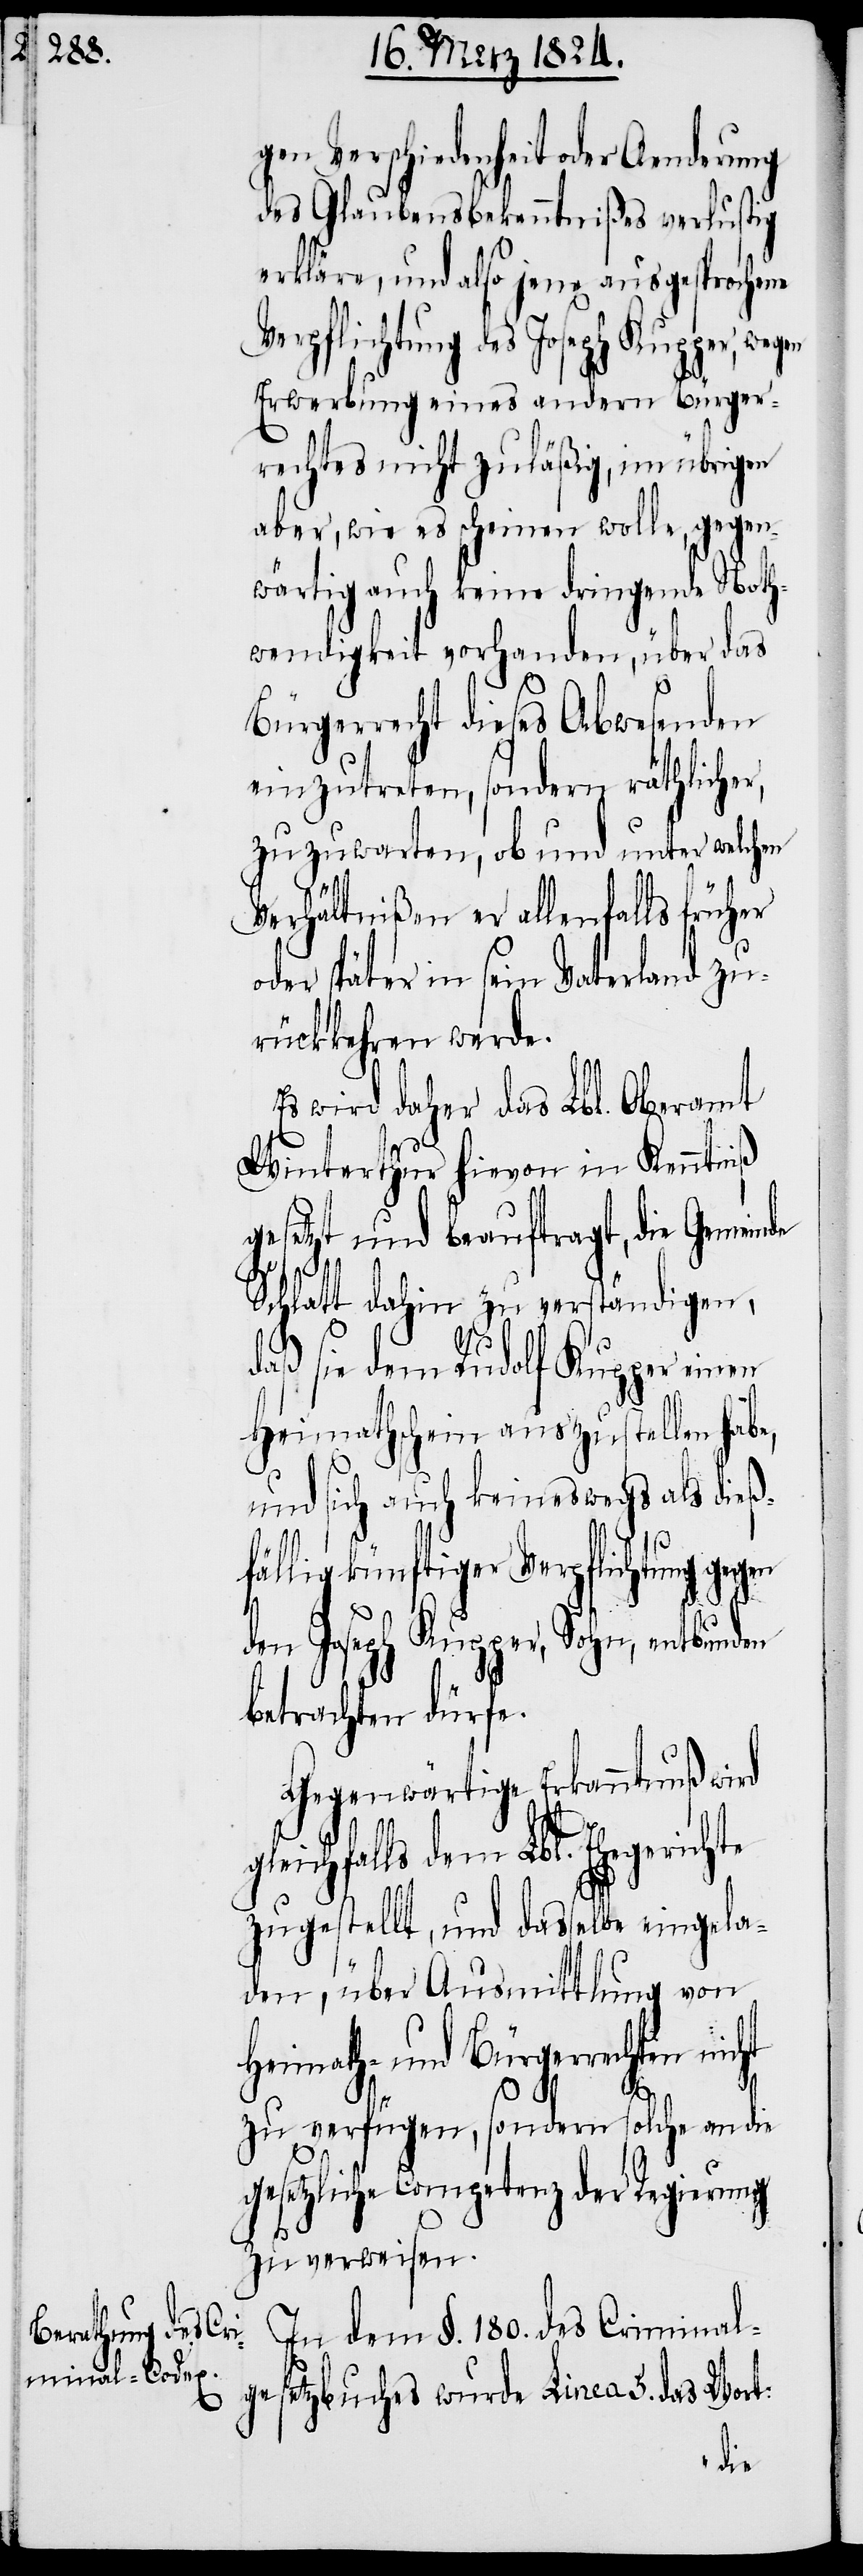
g¬

gen Verschiedenheit oder Aenderung
des Glaubensbekenntnißes verlustig
erkläre, und also jene ausgesprochene
Verpflichtung des Joseph Kupper, weg¬
Erwerbung eines andern Bürgerr¬
rechtes nicht zuläßig, im übrigen
aber, wie es scheinen wolle, gegen¬
wärtig auch keine dringende Noth¬
wendigkeit vorhanden, über das
Bürgerrecht dieses Abwesenden
einzutreten, sondern räthliche¬
zuzuwarten, ob und unter welchen
Verhältnißen er allenfalls früher
oder später in sein Vaterland zu¬
rückkehren werde.
Es wird daher das Lbl. Oberamt
Winterthur hievon in Kenntniß
gesetzt und beauftragt, die Gemein¬
de Schlatt dahin zu verständigen,
daß sie dem Rudolf Kupper einen
Heimathschein auszustellen habe,
und sich auch keineswegs als dieß¬
fällig künftiger Verpflichtung gegen
den Joseph Kupper, Sohn, entbunden
betrachten dürfe.
Gegenwärtige Erkanntnuß wird
leichfalls dem Lbl. Ehegerichte
zugestellt, und dasselbe eingela¬
den, über Ausmittlung von
Heimath- und Bürgerrechten
zu verfügen, sondern solche an die
gesetzliche Competenz der Regierung
zu verweisen.
In dem §. 180. des Criminal¬
gesetzbuches wurde Linea 5. das Wort: